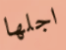
اجلها